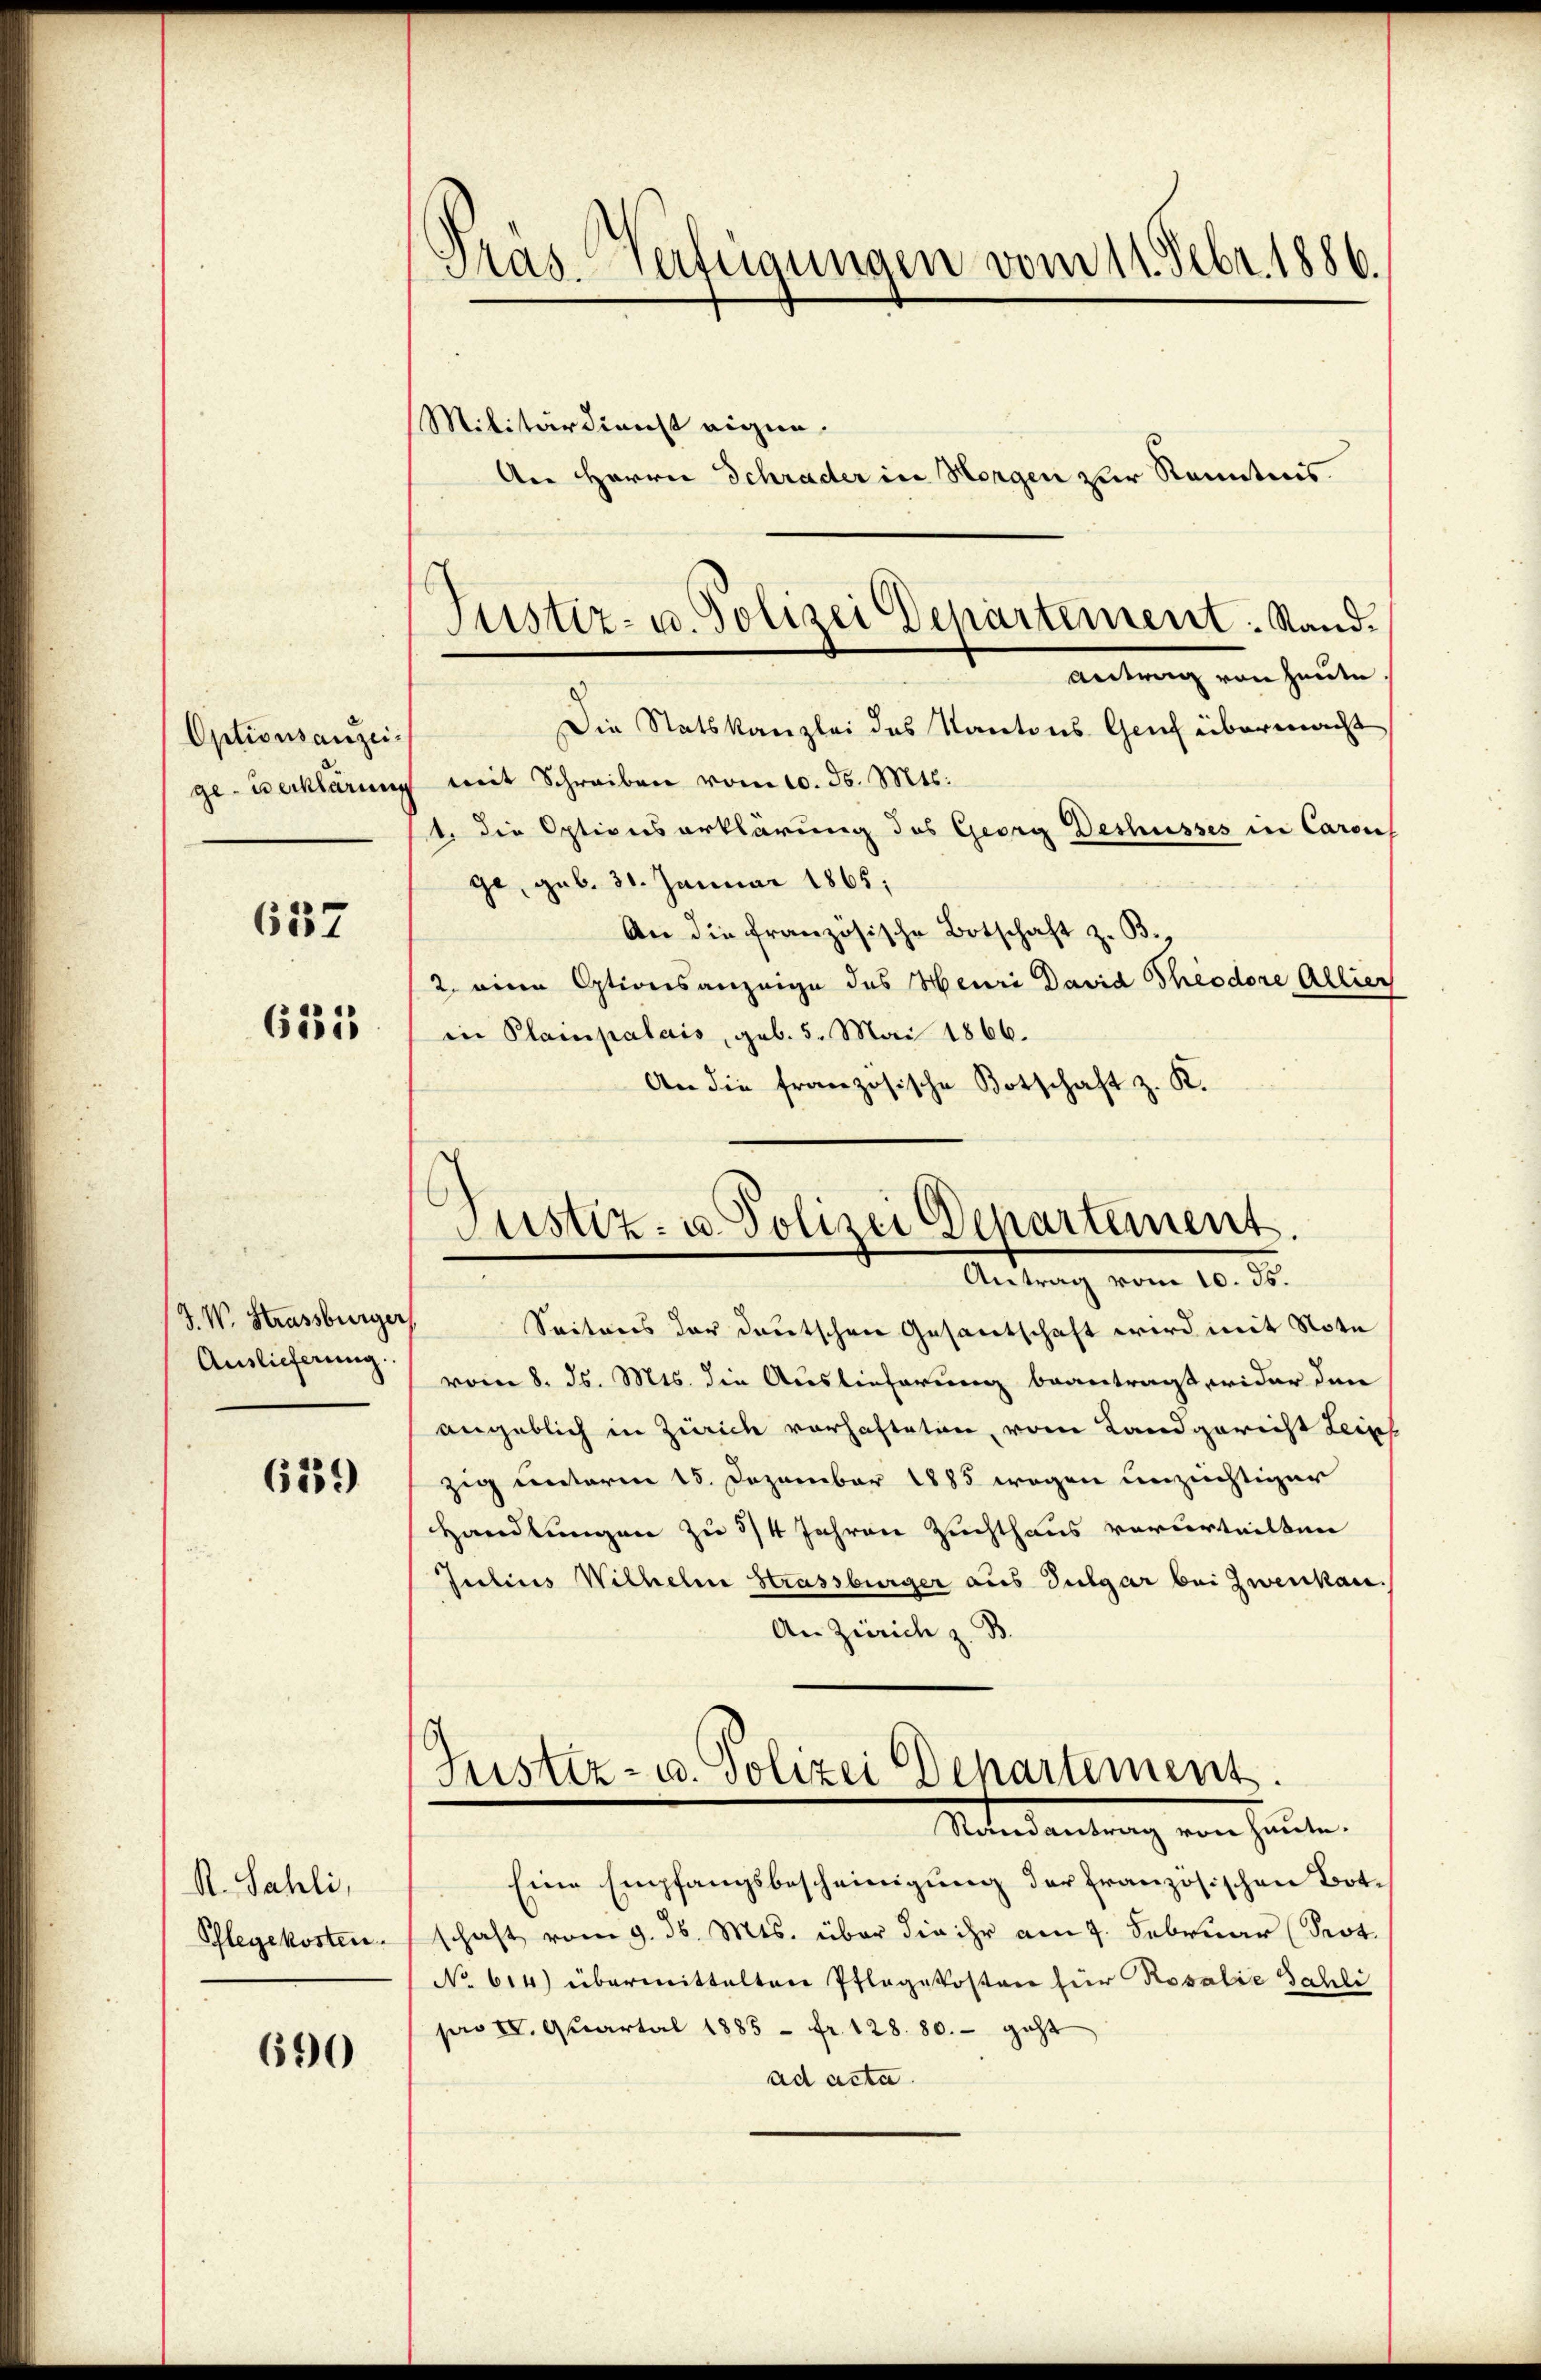
Optionsanzei¬

637

631

J. W. Strassburger
Auslieferung.

6559

R. Sahli,
Pflegekosten.

690

Tras Verfügungen vom 11. Febr. 1886.
Militärdienst eigen.
An Herrn Schrader in Horgen zur Kenntnis.

Die Statskanzlei des Kantons Gruf übermacht
ge-Verklärung mit Schreiben vom 10. ds. Mts.
t. die Optionserklärung des Georg Deshusses in Carois
ge, geb. 31. Januar 1865.
An die französische Botschaft z. B.,
2. eine Optionsanzeige des Heuri David Theodore Allier
in Plainpalais, geb. 5. Mai 1866.
An die französische Botschaft z. K.

Seiteres der deutschen Gesantschaft wird mit Note
vom 8. ds. Mts. die Auslieferung beantragt, wider den
angeblich in Zürich vorhafteten, vom Landgericht Leich
zig unterm 15. Dezember 1885 wegen unzüchtiger
Handlungen zu 3/4 Jahren Zuchthaus verurteilten
Julius Wilhelm Strassburger aus Vulgar bei Zweikan.
An Zürich z. B.
Justiz- u. Polizei Departement.
Randantrag von heute.
Eine Empfangsbescheinigung der französischen Botschaft vom 9. d. Mts. über die ihr am 7. Februar (Prot.
No 614) übermittelten Pflegekosten für Rosalie Jahli
pro II. Quartal 1885 - fr. 128. 80. - geht
ad acta.

Justiz- u. Polizei Departement. Stand.
Antrag von heute.

Justiz- u. Polizei Departement.
Antrag vom 10. ds.